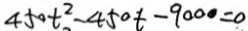
4 5 0 t ^ { 2 } - 4 5 0 t - 9 0 0 0 = 0